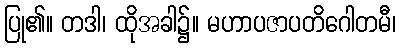
ပြု၏။ တဒါ၊ ထိုအခါ၌။ မဟာပဇာပတိဂေါတမီ၊